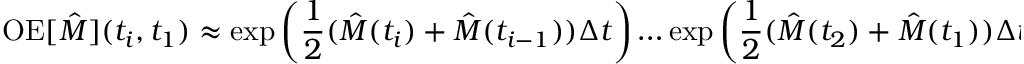
\mathrm { O E } [ \hat { M } ] ( t _ { i } , t _ { 1 } ) \approx \exp { \left( \frac { 1 } { 2 } ( \hat { M } ( t _ { i } ) + \hat { M } ( t _ { i - 1 } ) ) \Delta t \right) } \ldots \exp { \left( \frac { 1 } { 2 } ( \hat { M } ( t _ { 2 } ) + \hat { M } ( t _ { 1 } ) ) \Delta t \right) } .